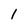
Character: 1